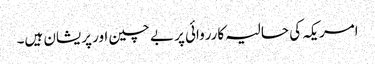
امریکہ کی حالیہ کارروائی پر بے چین اور پریشان ہیں۔